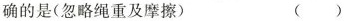
确的是(忽略绳重及摩擦) ()